Annual report of the Bengal Veterinary College and of the Civil Veterinary Department, Bengal, for the year 1908-1909 - 1908-1909
Year: 1908
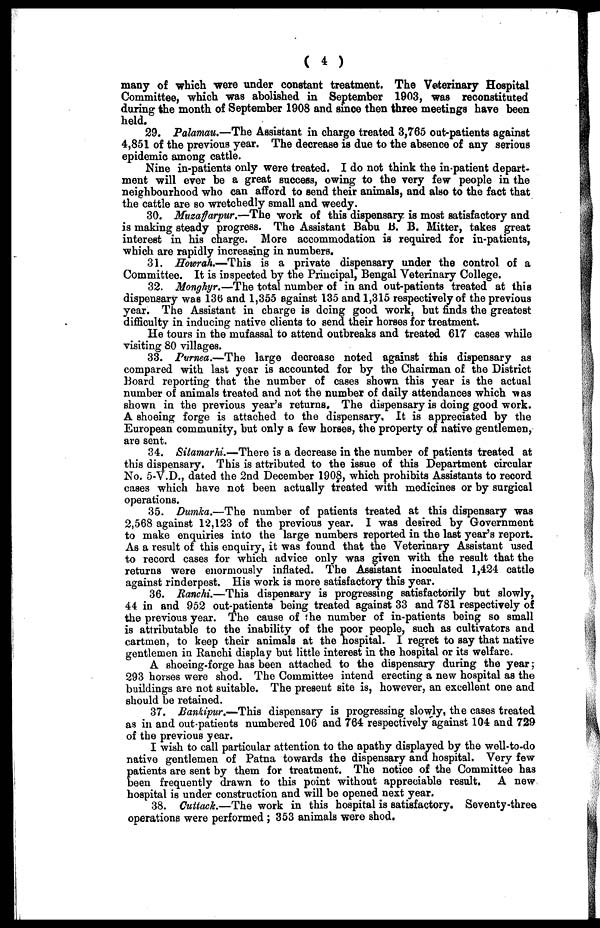
( 4 )
many of which were under constant treatment. The Veterinary Hospital
Committee, which was abolished in September 1903, was reconstituted
during the month of September 1908 and since then three meetings have been
held.
29. Palamau.—The Assistant in charge treated 3,765 out-patients against
4,851 of the previous year. The decrease is due to the absence of any serious
epidemic among cattle.
Nine in-patients only were treated. I do not think the in-patient depart-
ment will ever be a great success, owing to the very few people in the
neighbourhood who can afford to send their animals, and also to the fact that
the cattle are so wretchedly small and weedy.
30. Muzaffarpur.—The work of this dispensary is most satisfactory and
is making steady progress. The Assistant Babu B. B. Mitter, takes great
interest in his charge. More accommodation is required for in-patients,
which are rapidly increasing in numbers.
31. Howrah.—This is a private dispensary under the control of a
Committee. It is inspected by the Principal, Bengal Veterinary College.
32. Monghyr.—The total number of in and out-patients treated at this
dispensary was 136 and 1,355 against 135 and 1,315 respectively of the previous
year. The Assistant in charge is doing good work, but finds the greatest
difficulty in inducing native clients to send their horses for treatment.
He tours in the mufassal to attend outbreaks and treated 617 cases while
visiting 80 villages.
33. Purnea.—The large decrease noted against this dispensary as
compared with last year is accounted for by the Chairman of the District
Board reporting that the number of cases shown this year is the actual
number of animals treated and not the number of daily attendances which was
shown in the previous year's returns. The dispensary is doing good work.
A shoeing forge is attached to the dispensary. It is appreciated by the
European community, but only a few horses, the property of native gentlemen,
are sent.
34. Sitamarhi.—There is a decrease in the number of patients treated at
this dispensary, This is attributed to the issue of this Department circular
No. 5-V.D., dated the 2nd December 1908, which prohibits Assistants to record
cases which have not been actually treated with medicines or by surgical
operations.
35. Dumka.—The number of patients treated at this dispensary was
2,568 against 12,123 of the previous year. I was desired by Government
to make enquiries into the large numbers reported in the last year's report.
As a result of this enquiry, it was found that the Veterinary Assistant used
to record cases for which advice only was given with the result that the
returns were enormously inflated. The Assistant inoculated 1,424 cattle
against rinderpest. His work is more satisfactory this year.
36. Ranchi.—This dispensary is progressing satisfactorily but slowly,
44 in and 952 out-patients being treated against 33 and 781 respectively of
the previous year. The cause of the number of in-patients being so small
is attributable to the inability of the poor people, such as cultivators and
cartmen, to keep their animals at the hospital. I regret to say that native
gentlemen in Ranchi display but little interest in the hospital or its welfare.
A shoeing-forge has been attached to the dispensary during the year;
293 horses were shod. The Committee intend erecting a new hospital as the
buildings are not suitable. The present site is, however, an excellent one and
should be retained.
37. Bankipur.—This dispensary is progressing slowly, the cases treated
as in and out-patients numbered 106 and 764 respectively against 104 and 729
of the previous year.
I wish to call particular attention to the apathy displayed by the well-to-do
native gentlemen of Patna towards the dispensary and hospital. Very few
patients are sent by them for treatment. The notice of the Committee has
been frequently drawn to this point without appreciable result. A new
hospital is under construction and will be opened next year.
38. Cuttack.—The work in this hospital is satisfactory. Seventy-three
operations were performed ; 353 animals were shod.